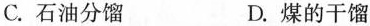
C.石油分馏 D.煤的干馏